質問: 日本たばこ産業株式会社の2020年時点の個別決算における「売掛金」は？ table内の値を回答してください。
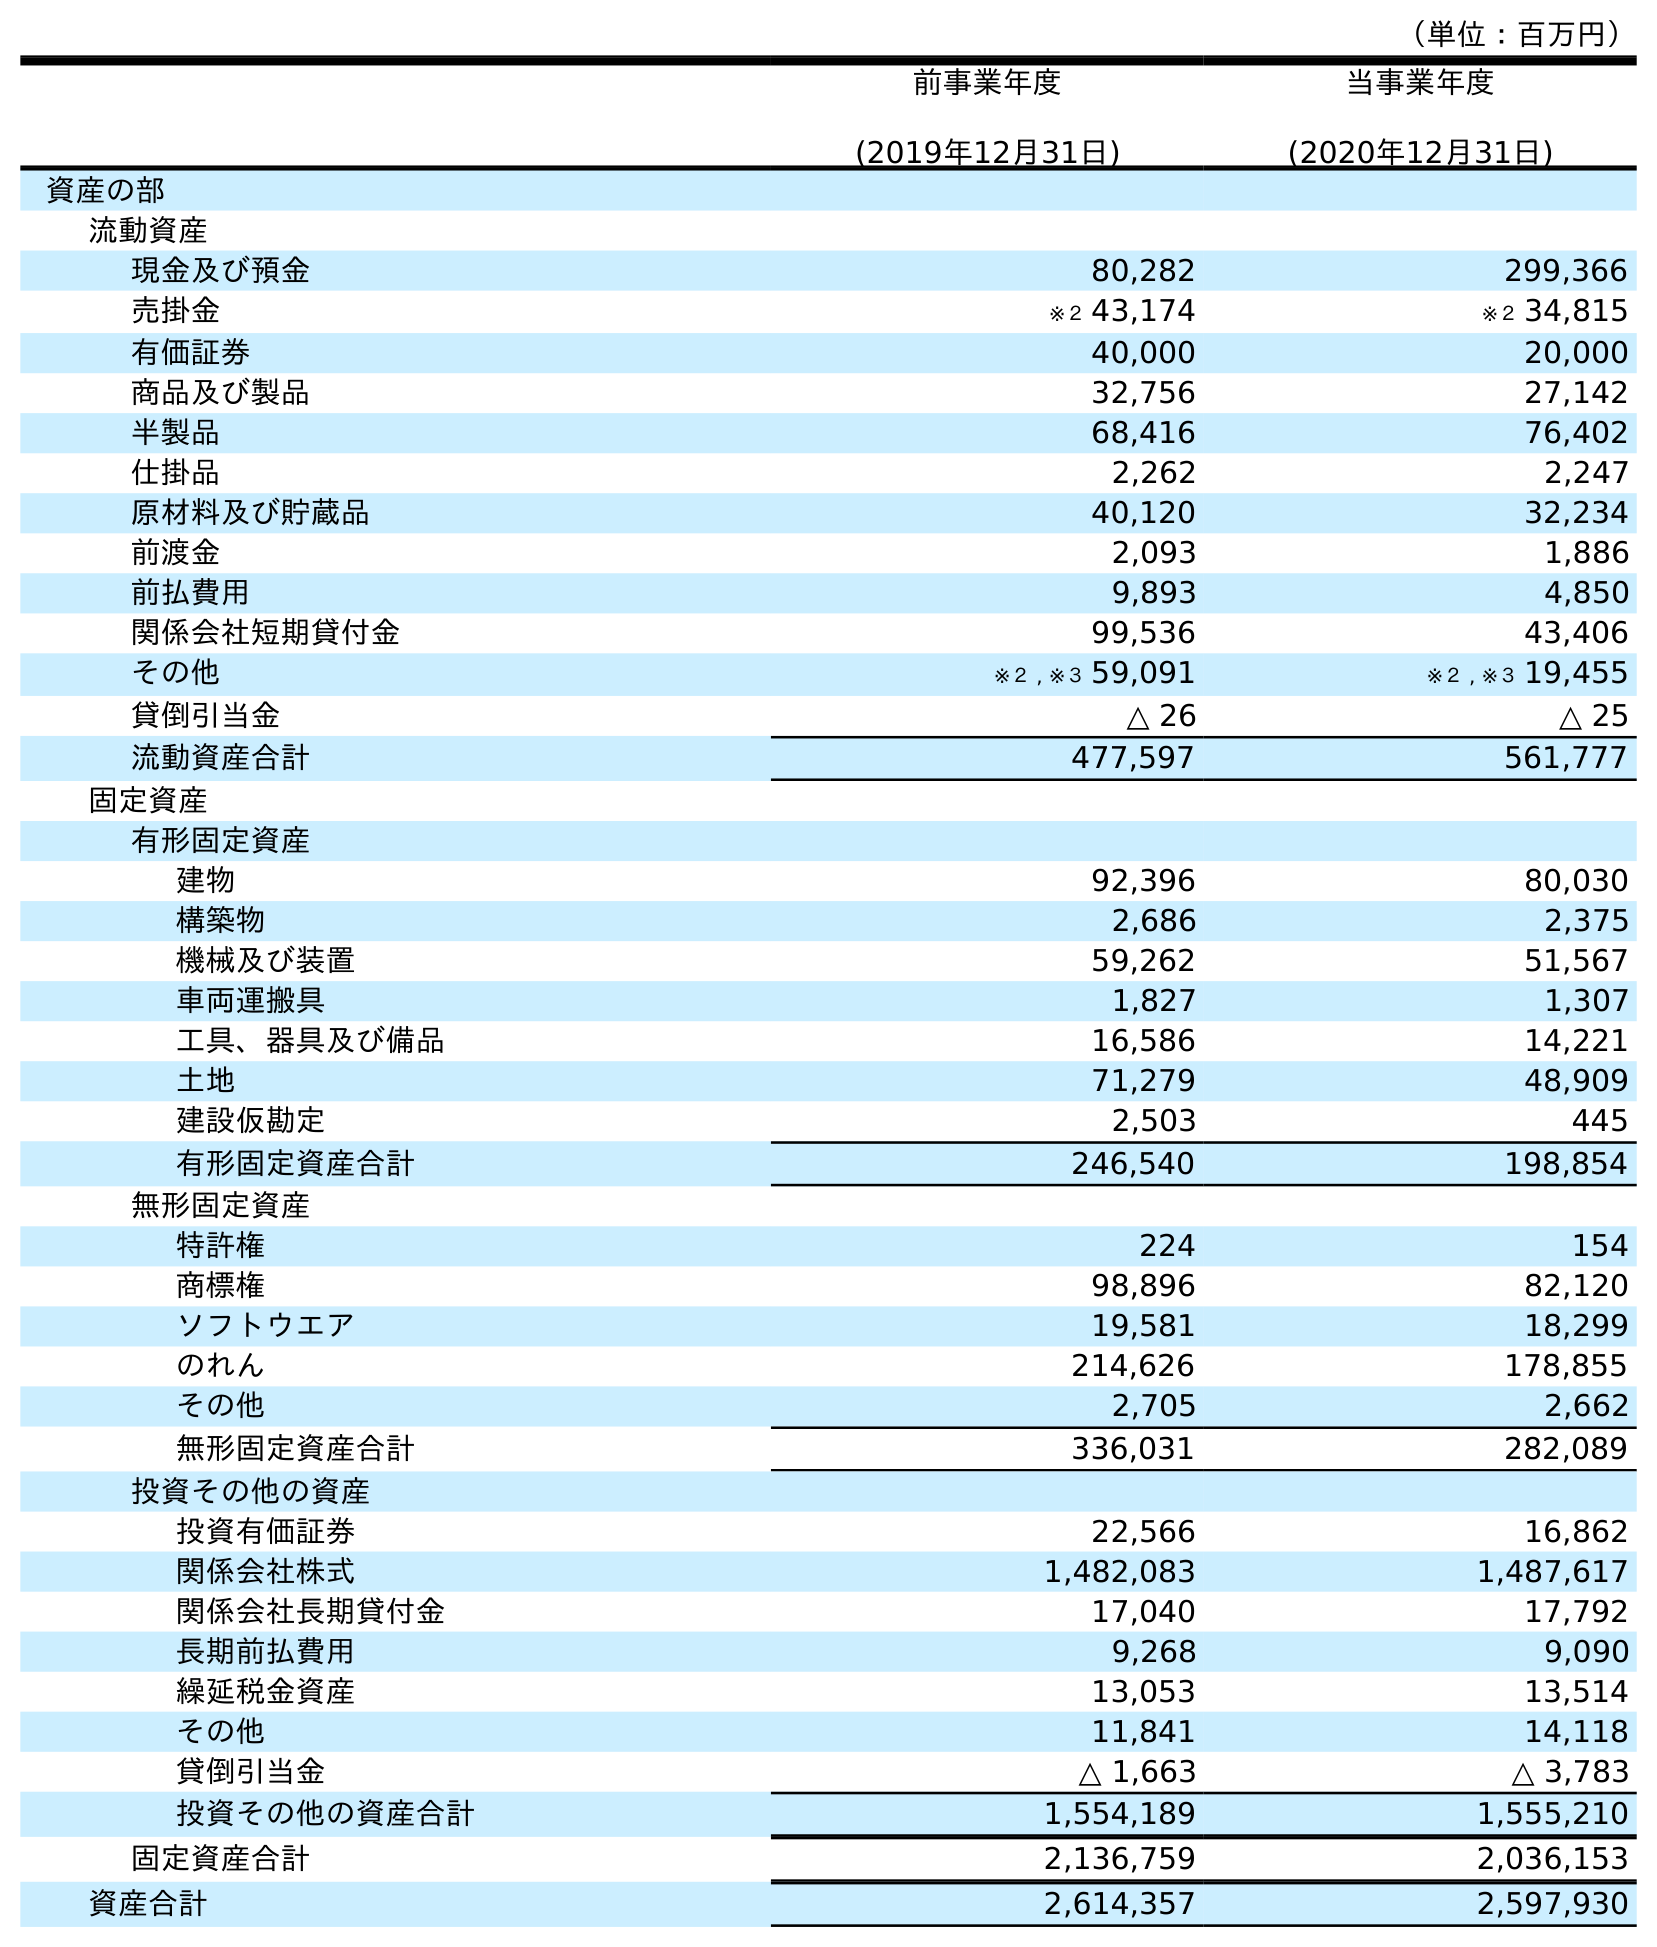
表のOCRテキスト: （単位：百万円） 前事業年度 (2019年12月31日) 当事業年度 (2020年12月31日) 資産の部 流動資産 現金及び預金 80,282 299,366 売掛金 ※２ 43,174 ※２ 34,815 有価証券 40,000 20,000 商品及び製品 32,756 27,142 半製品 68,416 76,402 仕掛品 2,262 2,247 原材料及び貯蔵品 40,120 32,234 前渡金 2,093 1,886 前払費用 9,893 4,850 関係会社短期貸付金 99,536 43,406 その他 ※２ , ※３ 59,091 ※２ , ※３ 19,455 貸倒引当金 △ 26 △ 25 流動資産合計 477,597 561,777 固定資産 有形固定資産 建物 92,396 80,030 構築物 2,686 2,375 機械及び装置 59,262 51,567 車両運搬具 1,827 1,307 工具、器具及び備品 16,586 14,221 土地 71,279 48,909 建設仮勘定 2,503 445 有形固定資産合計 246,540 198,854 無形固定資産 特許権 224 154 商標権 98,896 82,120 ソフトウエア 19,581 18,299 のれん 214,626 178,855 その他 2,705 2,662 無形固定資産合計 336,031 282,089 投資その他の資産 投資有価証券 22,566 16,862 関係会社株式 1,482,083 1,487,617 関係会社長期貸付金 17,040 17,792 長期前払費用 9,268 9,090 繰延税金資産 13,053 13,514 その他 11,841 14,118 貸倒引当金 △ 1,663 △ 3,783 投資その他の資産合計 1,554,189 1,555,210 固定資産合計 2,136,759 2,036,153 資産合計 2,614,357 2,597,930
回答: ※２34,815